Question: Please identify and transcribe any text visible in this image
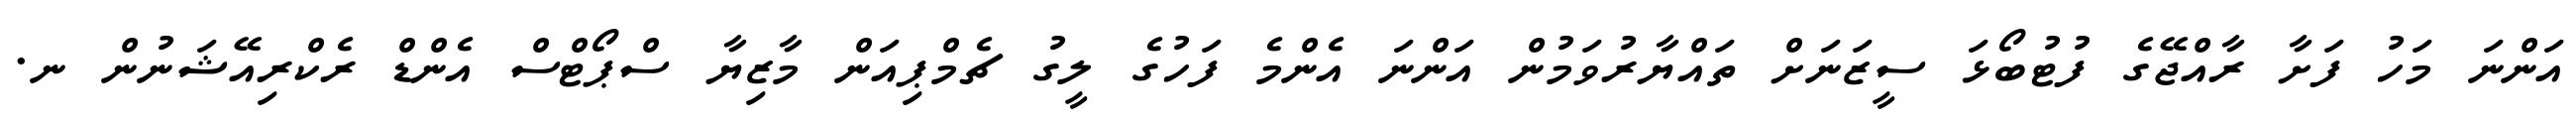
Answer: އަންނަ މަހު ފަށާ ރާއްޖޭގެ ފުޓުބޯޅަ ސީޒަނަށް ތައްޔާރުވަމުން އަންނަ އެންމެ ފަހުގެ ލީގު ޗެމްޕިއަން މާޒިޔާ ސްޕޯޓްސް އެންޑް ރެކްރިއޭޝަނުން ނ.